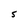
Character: S